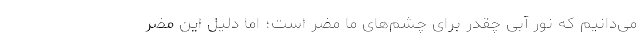
می‌دانیم که نور آبی چقدر برای چشم‌های ما مضر است؛ اما دلیل این مضر